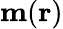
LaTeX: {\mathbf{m}}({\mathbf{r}})